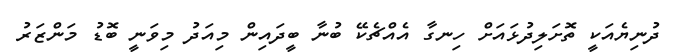
ދުނިޔެއަކީ ތޮށަލިދުޅައަށް ހިނގާ އެއްޗެކޭ ބުނާ ބީދައިން މިއަދު މިވަނީ ބޮޑު މަންޒަރު